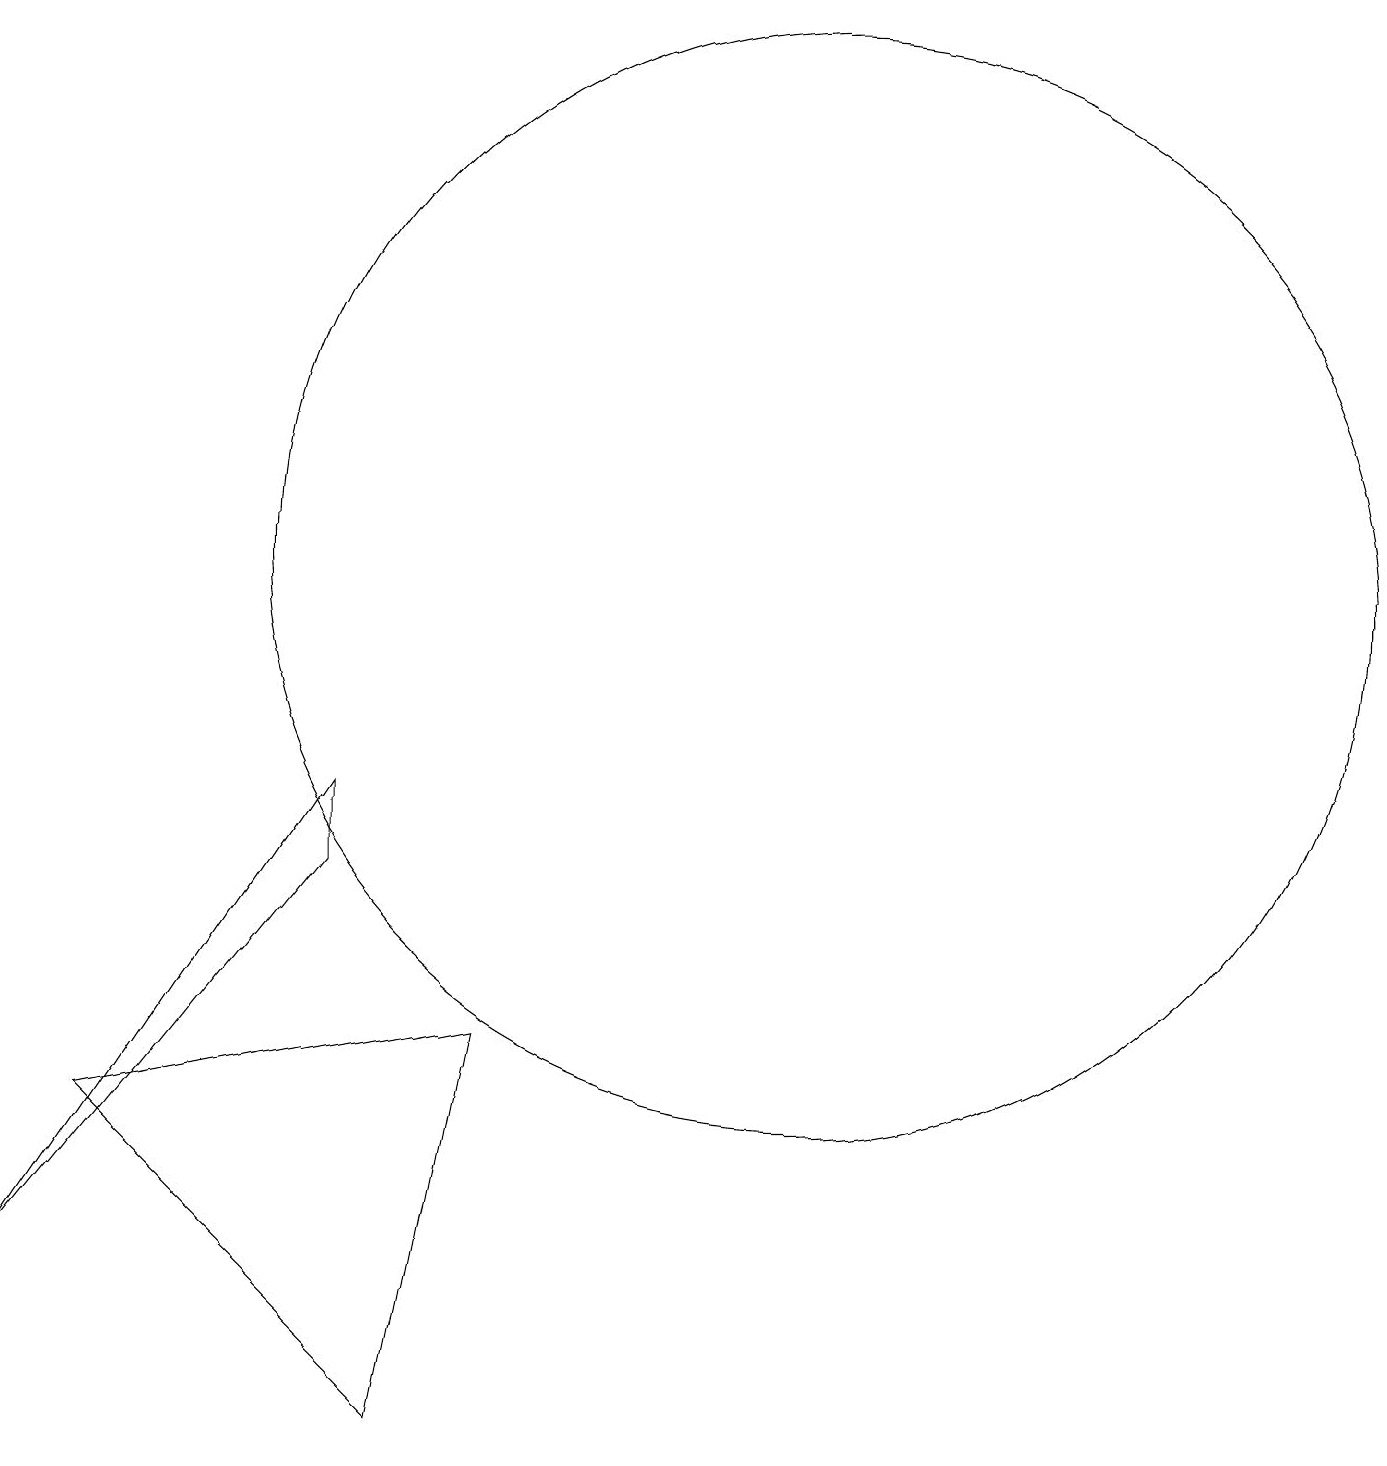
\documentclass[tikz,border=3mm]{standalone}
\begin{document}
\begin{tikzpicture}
\draw (10,11) circle (7);
\draw (4,7) -- (4,8) -- (0,2) -- cycle;
\draw (5,0) -- (1,4) -- (6,5) -- cycle;
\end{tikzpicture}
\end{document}